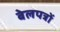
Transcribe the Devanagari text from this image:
बेलपत्रों